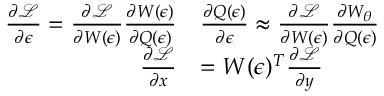
\begin{array} { r l } { \frac { \partial \mathcal { L } } { \partial \epsilon } = \frac { \partial \mathcal { L } } { \partial W ( \epsilon ) } \frac { \partial W ( \epsilon ) } { \partial Q ( \epsilon ) } } & { \frac { \partial Q ( \epsilon ) } { \partial \epsilon } \approx \frac { \partial \mathcal { L } } { \partial W ( \epsilon ) } \frac { \partial W _ { \theta } } { \partial Q ( \epsilon ) } } \\ { \frac { \partial \mathcal { L } } { \partial x } } & { = W ( \epsilon ) ^ { T } \frac { \partial \mathcal { L } } { \partial y } } \end{array}